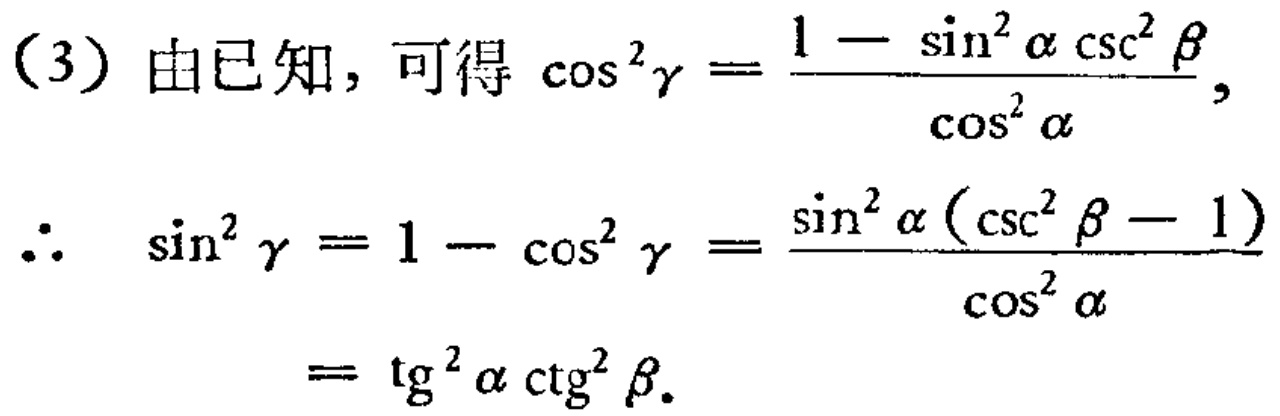
（3）由已知，可得\(\cos^{2}\gamma = \frac{1 - \sin^{2}\alpha\csc^{2}\beta}{\cos^{2}\alpha}\)，

\(\therefore\) \(\sin^{2}\gamma = 1 - \cos^{2}\gamma = \frac{\sin^{2}\alpha(\csc^{2}\beta - 1)}{\cos^{2}\alpha}\)

\(= \tg^{2}\alpha\ctg^{2}\beta\)。